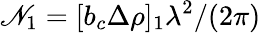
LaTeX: \mathscr{N}_{1}=[b_{c}\Delta\rho]_{1}\lambda^{2}/(2\pi)